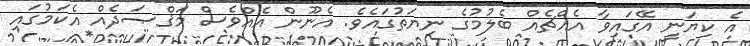
އެ ކިޔަނީ އޭގައިވާ އެއްޗެއް ބެލުމުގެ ނިޔަތުގައެވެ. އެނޫން އެއްވެސް މަޤްޞަދެއް އެކަމުގައި